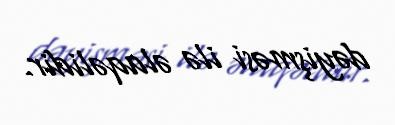
dəyişməsi ilə əlaqəlidir.